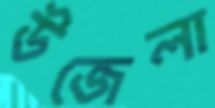
উজেলা